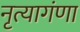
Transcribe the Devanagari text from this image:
नृत्यागंणा